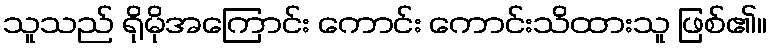
သူသည် ရိုမိုအကြောင်း ကောင်း ကောင်းသိထားသူ ဖြစ်၏။